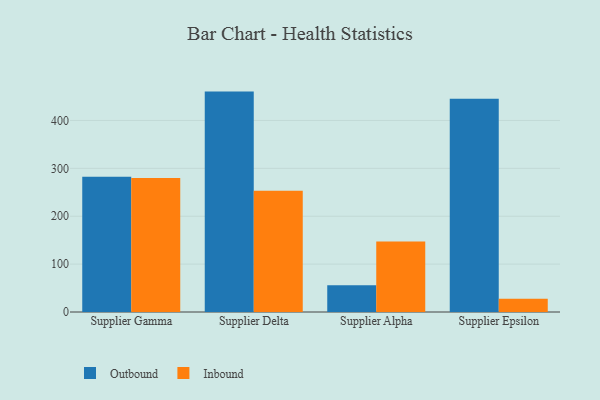
{"axis": {"x": "Supplier", "y": "Budget (USD K)"}, "legend": ["Inbound", "Outbound"], "data": [{"x": "Supplier Gamma", "y": 282.6, "type": "Outbound"}, {"x": "Supplier Gamma", "y": 280.0, "type": "Inbound"}, {"x": "Supplier Delta", "y": 460.3, "type": "Outbound"}, {"x": "Supplier Delta", "y": 253.4, "type": "Inbound"}, {"x": "Supplier Alpha", "y": 55.8, "type": "Outbound"}, {"x": "Supplier Alpha", "y": 147.1, "type": "Inbound"}, {"x": "Supplier Epsilon", "y": 445.2, "type": "Outbound"}, {"x": "Supplier Epsilon", "y": 27.6, "type": "Inbound"}]}